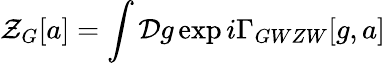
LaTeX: {\cal Z}_{G}[a]=\int{\cal D}g\exp{i\Gamma_{GWZW}[g,a]}